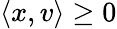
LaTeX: \langle x,v\rangle\geq 0